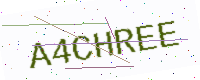
Text: A4CHREE